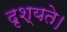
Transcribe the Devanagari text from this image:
दृश्यते।